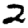
Digit: 2